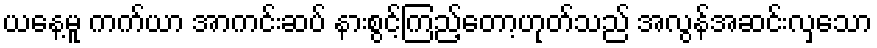
ယနေ့မူ ကက်ယာ အာကင်းဆပ် နားစွင့်ကြည့်တော့ဟုတ်သည် အလွန်အဆင်းလှသော